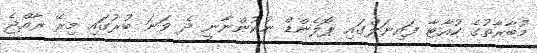
މުބާރާތުގެ ކުއާޓާ ފައިނަލްގައި ޕޮލެންޑް ނުކުންނާނީ ދެ ވަަނަ ބުރުގައި މިރޭ ރާއްޖެ